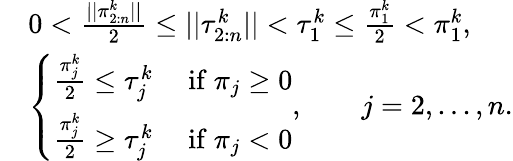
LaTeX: \begin{array}{rl}&{0<\frac{||\pi_{2:n}^{k}||}{2}\leq||\tau_{2:n}^{k}||<\tau_{1}^{k}\leq\frac{\pi_{1}^{k}}{2}<\pi_{1}^{k},}\\ &{\left\{ \begin{array}{ll}{\frac{\pi_{j}^{k}}{2}\leq\tau_{j}^{k}}&{\mathrm{~if~}\pi_{j}\geq 0}\\ {\frac{\pi_{j}^{k}}{2}\geq\tau_{j}^{k}}&{\mathrm{~if~}\pi_{j}<0}\end{array}\right.,\qquad j=2,...,n.}\end{array}